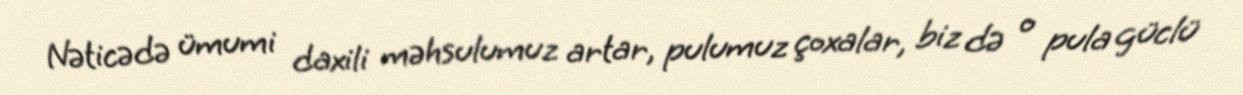
Nəticədə ümumi daxili məhsulumuz artar, pulumuz çoxalar, biz də o pula güclü